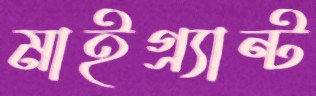
মাইগ্র্যান্ট